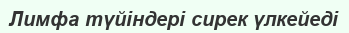
Лимфа түйіндері сирек үлкейеді